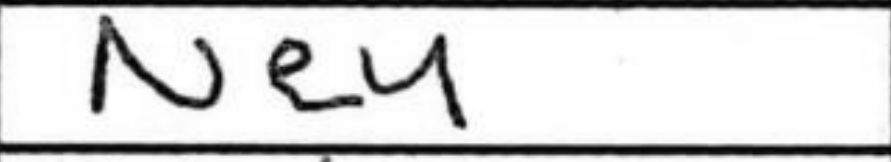
Transcription: Ne4